Lunatic asylums Madras 1877-1891 - 1877-1891
Year: 1877
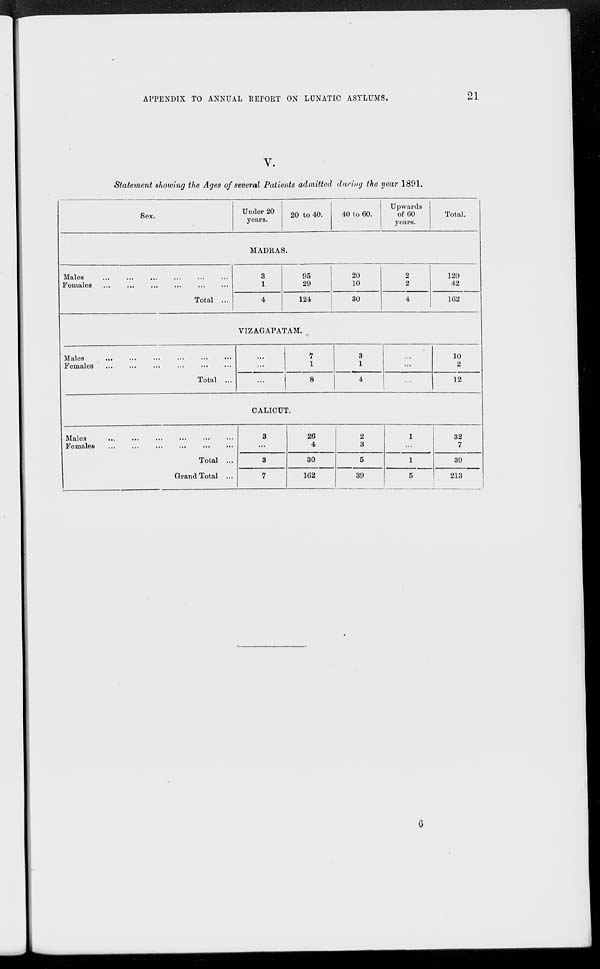
APPENDIX TO ANNUAL REPORT ON LUNATIC ASYLUMS.
21
V.
Statement showing the Ages of several Patients admitted during the year 1891.
Sex.
Under 20
years.
20 to 40.
40 to 60.
Upwards
of 60
years.
Total.
MADRAS.
Males ... ... ... ... ... ...
Females ... ... ... ... ... ...
Total ...
3
1
4
95
29
124
20
10
30
2
2
4
120
42
162
VIZAGAPATAM.
Males ... ... ... ... ... ...
Females
...
...
...
...
...
...
Total ...
...
...
...
7
1
8
3
1
4
...
...
...
10
2
12
CALICUT.
Males ... ... ... ... ... ...
Females ... ... ... ... ... ...
Total ...
Grand Total ...
3
...
3
7
26
4
30
162
2
3
5
39
1
...
1
5
32
7
39
213
6